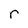
Character: r